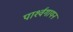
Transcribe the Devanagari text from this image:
पार्श्‍वगायन